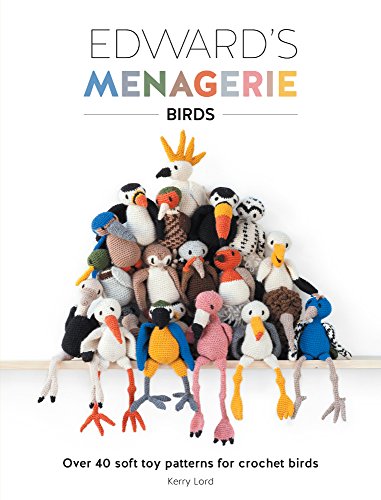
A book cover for Edward's Menagerie - Birds: Over 40 Soft Toy Patterns for Crochet Birds; Kerry Lord; Crafts, Hobbies & Home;